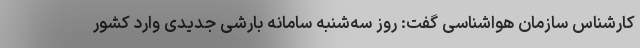
کارشناس سازمان هواشناسی گفت: روز سه‌شنبه سامانه بارشی جدیدی وارد کشور